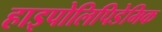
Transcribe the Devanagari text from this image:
हाइपोलिपिडेमिक